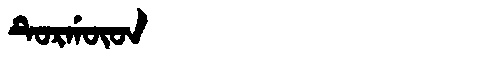
Manchu: ᡨᡠᡵᡤᡡᡨ
Romanization: TURGŪT